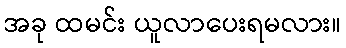
အခု ထမင်း ယူလာပေးရမလား။